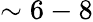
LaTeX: \sim 6-8